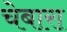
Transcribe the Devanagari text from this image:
चेबारा